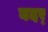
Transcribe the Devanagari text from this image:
बदर्